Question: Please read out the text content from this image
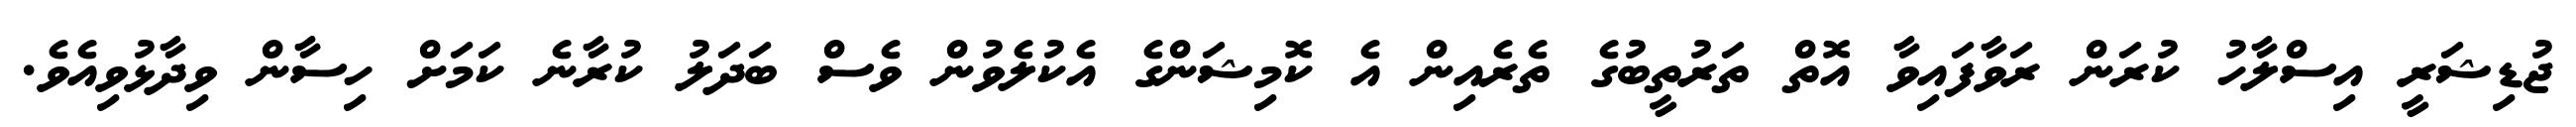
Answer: ޖުޑިޝަރީ އިސްލާހު ކުރަން ރަވާފައިވާ އޮތް ތަރުތީބުގެ ތެރެއިން އެ ކޮމިޝަންގެ އެކުލެވުން ވެސް ބަދަލު ކުރާނެ ކަމަށް ހިސާން ވިދާޅުވިއެވެ.